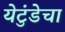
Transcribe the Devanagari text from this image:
येटुंडेचा